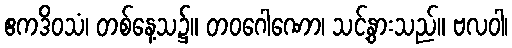
ဧကဒိဝသံ၊ တစ်နေ့သ၌။ တဝဂေါဏော၊ သင့်နွားသည်။ ဗလဝါ၊